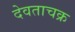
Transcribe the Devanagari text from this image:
देवताचक्र